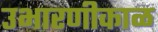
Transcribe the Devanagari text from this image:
उभारणीकाळ